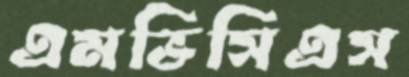
এমভিসিএস